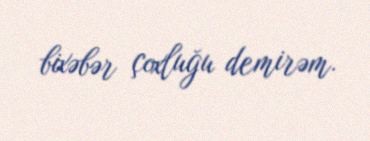
bixəbər çoxluğu demirəm.